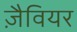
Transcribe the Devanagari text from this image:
ज़ैवियर